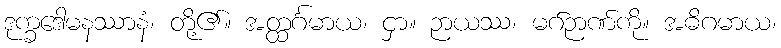
ဒုက္ခဒေါမနဿာနံ၊ တို့၏။ အတ္ထင်္ဂမာယ၊ ငှာ။ ဉာယဿ၊ မဂ်ဉာဏ်ကို။ အဓိဂမာယ၊